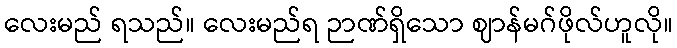
လေးမည် ရသည်။ လေးမည်ရ ဉာဏ်ရှိသော ဈာန်မဂ်ဖိုလ်ဟူလို။